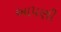
આ૫ણી